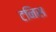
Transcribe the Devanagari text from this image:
टनिस